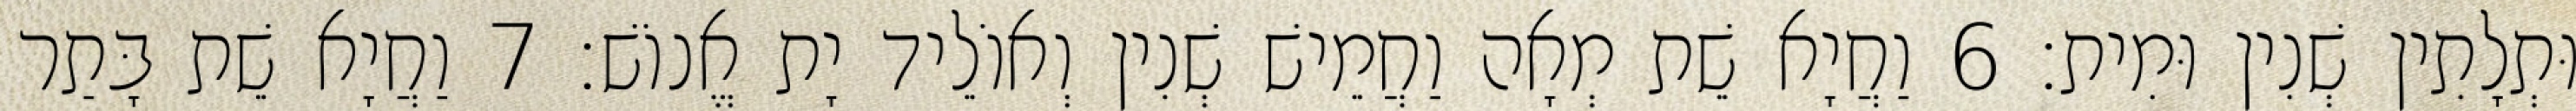
וּתְלָתִין שְׁנִין וּמִית׃ 6 וַחֲיָא שֵׁת מְאָה וַחֲמֵישׁ שְׁנִין וְאוֹלֵיד יָת אֱנוֹשׁ׃ 7 וַחֲיָא שֵׁת בָּתַר